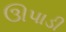
ઊપાડી